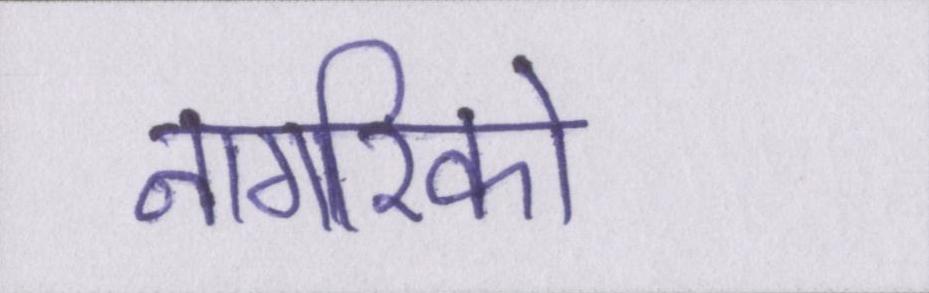
नागरिको